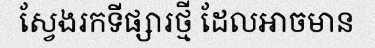
ស្វែងរកទីផ្សារថ្មី ដែលអាចមាន